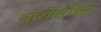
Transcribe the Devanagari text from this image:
तोरोसिदिस